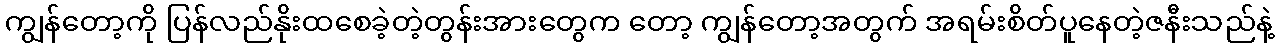
ကျွန်တော့ကို ပြန်လည်နိုးထစေခဲ့တဲ့တွန်းအားတွေက တော့ ကျွန်တော့အတွက် အရမ်းစိတ်ပူနေတဲ့ဇနီးသည်နဲ့